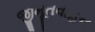
જીમૂતવાહન